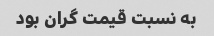
به نسبت قیمت گران بود